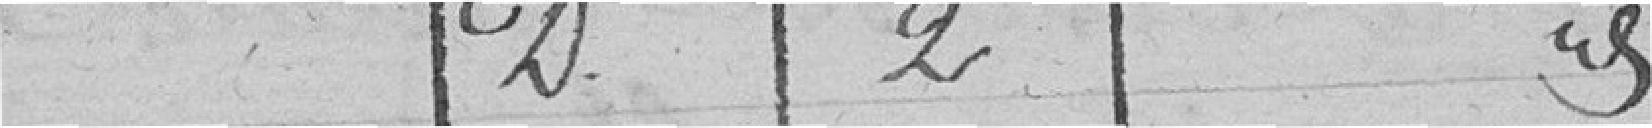
D 2 idem